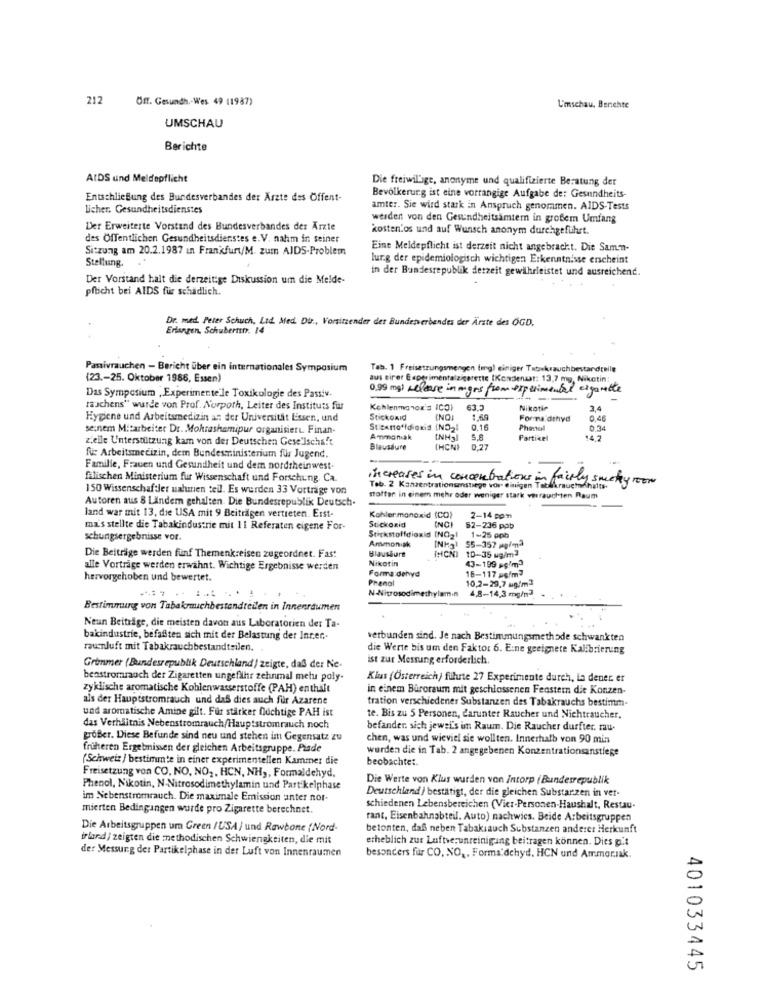
212
Off. Gesundh. Wes 49 (1987)
L'imschau. Benehte
UMSCHAU
Berichte
AIDS und Meldepflicht
Die freiwillige, anonyme und qualifizierte Beratung der
Entschließung des Bundesverbandes der Ärzte des Öffent-
Bevölkerung ist eine vorrangige Aufgabe de: Gesundheits-
licher, Gesundheitsdienstes
amter. Sie wird stark in Anspruch genommen. AIDS-Tests
werden von den Gesundheitsamtem in großem Umfang
Der Erweiterte Vorstand des Bundesverbandes der Arzte
kosten.os und auf Wunsch anonym durchgeführt.
des Öffentlichen Gesundheitsdienstes e.V. nahm in seiner
Sitzung am 20.2.1987 in Frankfurt/M. zum AIDS-Problem
Eine Meldepflicht ist derzeit nicht angebracht. Die Samen-
Stellung.
lung der epidemiologisch wichtigen Erkenntnisse erscheint
in der Bundesrepublik derzeit gewährleistet und ausreichend.
Der Vorstand halt die derzeitige Diskussion um die Melde-
pflicht bei AIDS für schädlich.
Dr. med. Peter Schuch. Lid. Med. Dur ., Vorsitzender des Bundesverbandes der Ärzte des OGD.
Erlangen, Schubernn. 14
Passivrauchen - Bericht über ein internationales Symposium
Tab. 1 Freisetzungsmengen (mg) einiger Tabekrauchbestandteile
(23 .- 25. Oktober 1986, Essen)
aus sirer Experimentalzigarette (Kondensat: 13,7 mg, Nikotin:
0,99 mg) release in mers from experimental cigarette
Das Symposium , Experimente le Toxikologie des Passiv.
taschens" wurde von Prof. Norpoth, Leiter des Instituts für
Kehlenmanox's ICO)
63.5
Nikotin
3.4
Hygiene und Arbeitsmedizin at der Universität Essen, und
Stickoxid
1.60
Forma dehyd
0,46
se,nem Mitarbeiter Dr. Mokrashamipur organisiert. Finan-
0.16
Phenol
0.34
zeile Unterstützung kam von der Deutschen Gesellschaft
Ammoniak
S.A
Partikel
14.2
Blausdure
CHCNI
0.27
fuc Arbeitsmedizin, dem Bundesministerium für Jugend.
Famille, Frauen und Gesundheit und dem nordtheinwest.
filischen Ministerium fur Wissenschaft und Forschung. Ca.
increases in concentrations in
fairly suchey room
150 WissenschaftJer uahmen teil. Es werden 33 Vorträge von
Tab. 2 Konzentrationsenstiege vor einigen Tatdikrauchdhalts.
Autoren aus 8 Ländern gehalten. Die Bundesrepublik Deutsch-
stotter in einem mehr oder weniger stark verrauchten Raum
land war mit 13, die USA mit 9 Beiträgen vertreten. Erst-
Kohlermonoxid (CO)
INCI
2-14 pom
ma's stellte die Tabakindustrie mit 11 Referaten eigene For-
Stickoxid
62-236 ppb
schungsergebnisse vor
Stickstoffdioxid (NO21
Ammoniak
1-25 ppb
Hlausure
[NHg) 55-357 mg/m3
[HCNI 10-35 ug/m3
Die Beiträge werden fünf Themenkreisen zugeordnet. Fast
Nikotin
(3-199 sg/m3
alle Vorträge werden erwähnt. Wichtige Ergebnisse werden
Forma dehyd
16-117 mg/m3
hervorgehoben und bewertet.
Phenol
10,2-29,7 ug/m3
N-Nitrosodimethylamin
4,8-14,3 mg/m3.
Bestimmung von Tabakrmuchbestandteilen in Innenraumen
Neun Beiträge, die meisten davon aus Laboratorien der Ta-
bakindustrie, befafiten sich mit der Belastung der Innen-
verbunden sind. Je nach Bestimmungsmethode schwankten
raunluft mit Tabakrauchbestandteilen.
die Werte bis um den Faktor 6. Eine geeignete Kalibrierung
ist zur Messung erforderlich.
Grammer (Bundesrepublik Deutschland) zeigte, daß der Ne-
benstrommaoch det Zigaretten ungefähr zehnmal metu poly-
Klus (Österreich) filute 27 Experimente durch, la dener. er
zyklische aromatische Kohlenwasserstoffe (PAH) enthält
in einem Büroraum mit geschlossenen Fenstern die Konzen-
als der Hauptstromrauch und das dies auch für Azarene
tration verschiedener Substanzen des Tabakrauchs bestimm-
und aromatische Amine gilt. Für stärker Duchtige PAH ist
te. Bis zu 5 Personen, darunter Raucher und Nichtraucher,
das Verhältnis Nebenstromrauch/Hauptstromrauch noch
befander sich jewel's im Raum. Die Raucher durfter. ru
großer. Diese Befunde sind neu und stehen im Gegensatz zu
chen, was und wieviel sie wollten. Innerhalb von 90 min
früheren Ergebmissen der gleichen Arbeitsgruppe. Pisde
wurden die in Tab. 2 angegebenen Konzentrationsanstiege
(Schweiz ) bestimmte in einer experimentellen Kammer die
beobachtet.
Freisetzung von CO, NO, NO ,, HCN, NH ,, Formaldehyd.
Die Werte von Klus wurden von Intorp | Bundesrepublik
Phenol, Nikotin, N-Nitrosodimethylamin und Partikelphase
Deutschland/ bestätigt, der die gleichen Substanzen in ver-
im Nebenstromrauch. Die maximale Emission anter nor-
mierten Bedingungen wurde pro Zigarette berechnet.
schiedenen Lebensbereichen (Vier-Personen-Haushalt, Restau-
rant, Eisenbahnabteil. Auto) nachwics. Beide Arbeitsgruppen
Die Arbeitsgruppen um Green /USA/ und Rawbone (Nord-
betonten, daß neben Tabakiauch Substanzen anderer Herkunft
irland/ zeigten die methodischen Schwiengkeiten, die mit
erheblich zur Luftverunreinigung beitragen können. Dies pit
der Messung der Partikelphase in der Luft von Innenraumen
besonders für CO, NO ,, Forma:dchyd. HCN und Ammorsak.
401033445